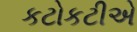
કટોકટીએ